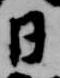
日